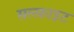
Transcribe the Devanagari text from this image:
सल्फ़ाइट